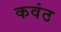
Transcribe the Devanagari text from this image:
कवंठ